Report on the treatment of epidemic cholera: from information collected by the governments of Bengal, Madras, Bombay, N.W. Provinces, Punjab, Oudh, and Central India, by order of the Government of India
Disease focus: Cholera
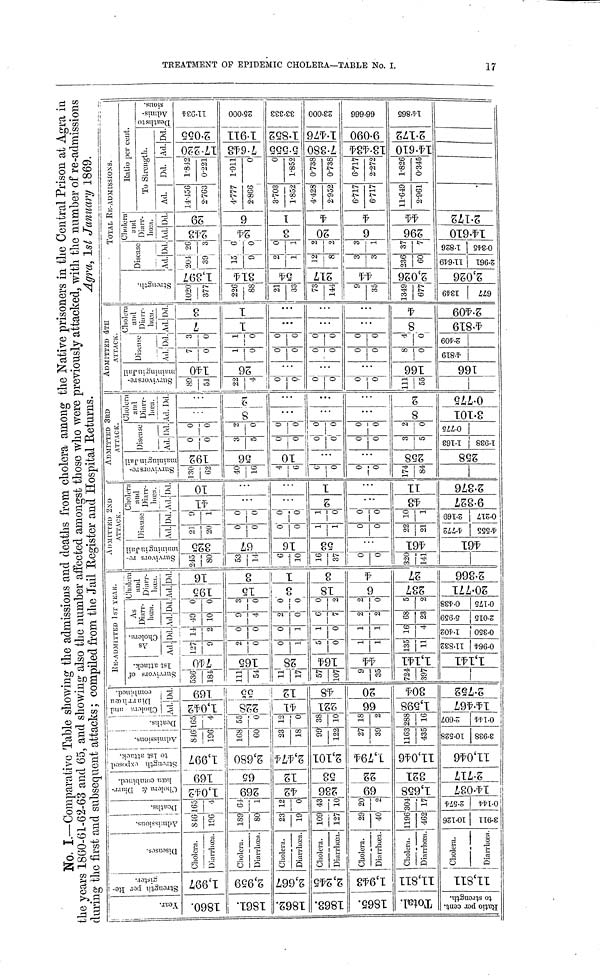
No. I.—Comparative Table showing the admissions and deaths from cholera among the Native prisoners in the Central Prison at Agra in
the years 1860.61.62.63 and 65, and showing also the number affected amongst those who were previously attacked, with the number of re.admissions
during the first and subsequent attacks; compiled from the Jail Register and Hospital Returns.
Agra, 1st January
1869.
Year.
1860.
1861.
1862.
1863.
1865.
Total.
R atio per cent,
to strength.
Strength per Register.
1,997
2,959
2,667
2,245
1,943
11,811
11,811
Diseasses.
Cholera.
Diarrhœa.
Cholera.
Diarrhœa.
Cholera.
Diarrhœa.
Cholera.
Diarrhœa.
Cholera.
Diarrhœa.
Cholera.
Diarrhœn.
Cholera.
Diarrhœa.
Admissions.
846
196
189
80
23
19
109
127
29
40
1196
462
10.126
3.911
Deaths.
165
4
61
1
12
0
43
10
20
2
304
17
2.574
0.144
Cholera & Diarrlioen combined.
1,042
| 269
42
| 236
69
1,658
14.037
Strength exposed to 1st attack.
169
65
12
53
22
321
2.717
Admissions.
1,997
2,680
2,474
2,101
1,794
11,046
11,046
Deaths.
816
168
60
23
18
99
122
27
39
1163
435
10.528
3.938
Cholera and Diarrhœu combined.
165
55
0
12
0
38
10
18
2
288
16
2.607
| 0.144
Survivors of 1st attack.
Ad.
1,042
228
41
221
66
1 1,598
14.467
Dd.
169
55
12
48
20
304
2.752
RE. ADMITTED 1st Year.
Survivors of
1st attack.
536
184
111
54
11
17
57
107
9
35
724
397
740
165
164 |
1,141
1,141
Ad.
127
9
2
0
0
1
5
0
1
1
135
11
11.832
0.964
Dd.
14
2
0
0
0
1
1
0
1
1
16
4
1.402
0.350
As
Diarr-
hoea.
Ad.
49
10
9
4
2
0
6
7
2
2
68
23
5.959
2.015
Dd.
0
0
3
0
0
0
0
2
2
0
5
2
0.438
0.175
Choluni
and
Diiirr.
hoe:i.
Ad.
195
15
3
18
6
237
20.771
Dd.
16
3
1
3
4
7
2.366
ADMITTED 2ND
ATTACK.
Survivors remaining in Jail
245
80
53
14
6
10
16
37
0
0
320
141
_
325
67
16
53
…
461
461
Disease
Ad.
21
20
0
0
0
0
1
1
0
0
22
21
4.772
4.555
Dd.
9
1
0
0
0
0
1
0
0
0
10
1
2.169
0.217 !
Cholera
and
Diarr-
hoea.
Ad.
41
…
…
2
…
43
9.327
Dd.
10
…
…
1
…
11
2.376
ADMITTED 3ED
ATTACK.
Survivors remaining in Jail
130
62
40
16
4
6
0
0
0
0
174
84
192
56
10
…
…
258
258
Disease
Ad.
0
0
3
5
0
0
0
0
0
0
3
5
1.163
1.938
Dd.
0
0
2
0
0
0
0
0
0
0
2
0
0.775
Cholen
and
Diarr.
hœa.
Ad.
…
8
…
…
…
8
3.101
Dd
…
2
…
…
…
…
0.775
ADMITTED 4TH
ATTACK.
Survivors remaining in Jail
89
51
22
4
0
0
0
0
0
111
55
140
26
…
…
…
166
166
Disease
Ad.
7
0
1
0
0
0
0
0
0
0
8
0
4.819
Dd.
3
0
1
0
0
0
0
0
0
0
0
2.409
Cholera
and
Diurr.
liœu.
Ad.
7
1
…
…
…
4.819
Dd.
3
1
…
…
…
4
2.409
Strength.
1020
377
226
88
21
33
73
144
9
35
1349
677
1349
677
1,397
| 314
54
217
2,026
2,026
TOTAL RE.ADMISSIONS.
Disease
Ad.
201
30
15
9
2
1
12
8
3
3
236
60
11.649
2.961
Dd.
26
3
!6
0
0
1
2
2
3
1
37
7
1.826
0.345
Citolera
and
Diarr-
hoea.
Ad.
243
24
3
20
6
296
14.610
Dd.
29
6
1
4
4
44
2.172
llatio per cent
To Strength.
Ad.
14.156
2.763
4.777
2.866
3.703
1.852
4.428
2.952
6.717
6.717
11.649
2.961
Dd.
1.842
0.221
1.911
0
0
1.852
0.738
0.738
6.717
2.272
1.826
0.345
Ad.
17.220
7.643
5.555
7.380
13.434
14.610
Dd.
2.055
1.911
1.852
1.476
060.6
2.172
Deaths to Admissions.
11.934
25.000
33.333
23.000
66.666
14.865
17